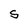
Character: S